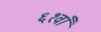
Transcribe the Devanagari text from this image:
६१वाँ